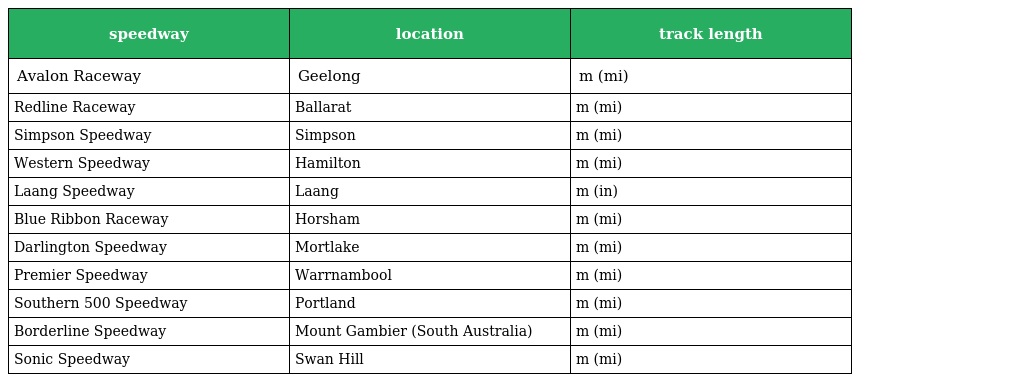
| speedway | location | track length |
 | --- | --- | --- |
 | Avalon Raceway | Geelong | m (mi) |
 | Redline Raceway | Ballarat | m (mi) |
 | Simpson Speedway | Simpson | m (mi) |
 | Western Speedway | Hamilton | m (mi) |
 | Laang Speedway | Laang | m (in) |
 | Blue Ribbon Raceway | Horsham | m (mi) |
 | Darlington Speedway | Mortlake | m (mi) |
 | Premier Speedway | Warrnambool | m (mi) |
 | Southern 500 Speedway | Portland | m (mi) |
 | Borderline Speedway | Mount Gambier (South Australia) | m (mi) |
 | Sonic Speedway | Swan Hill | m (mi) |